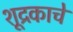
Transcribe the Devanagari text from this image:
शूद्रकाचे